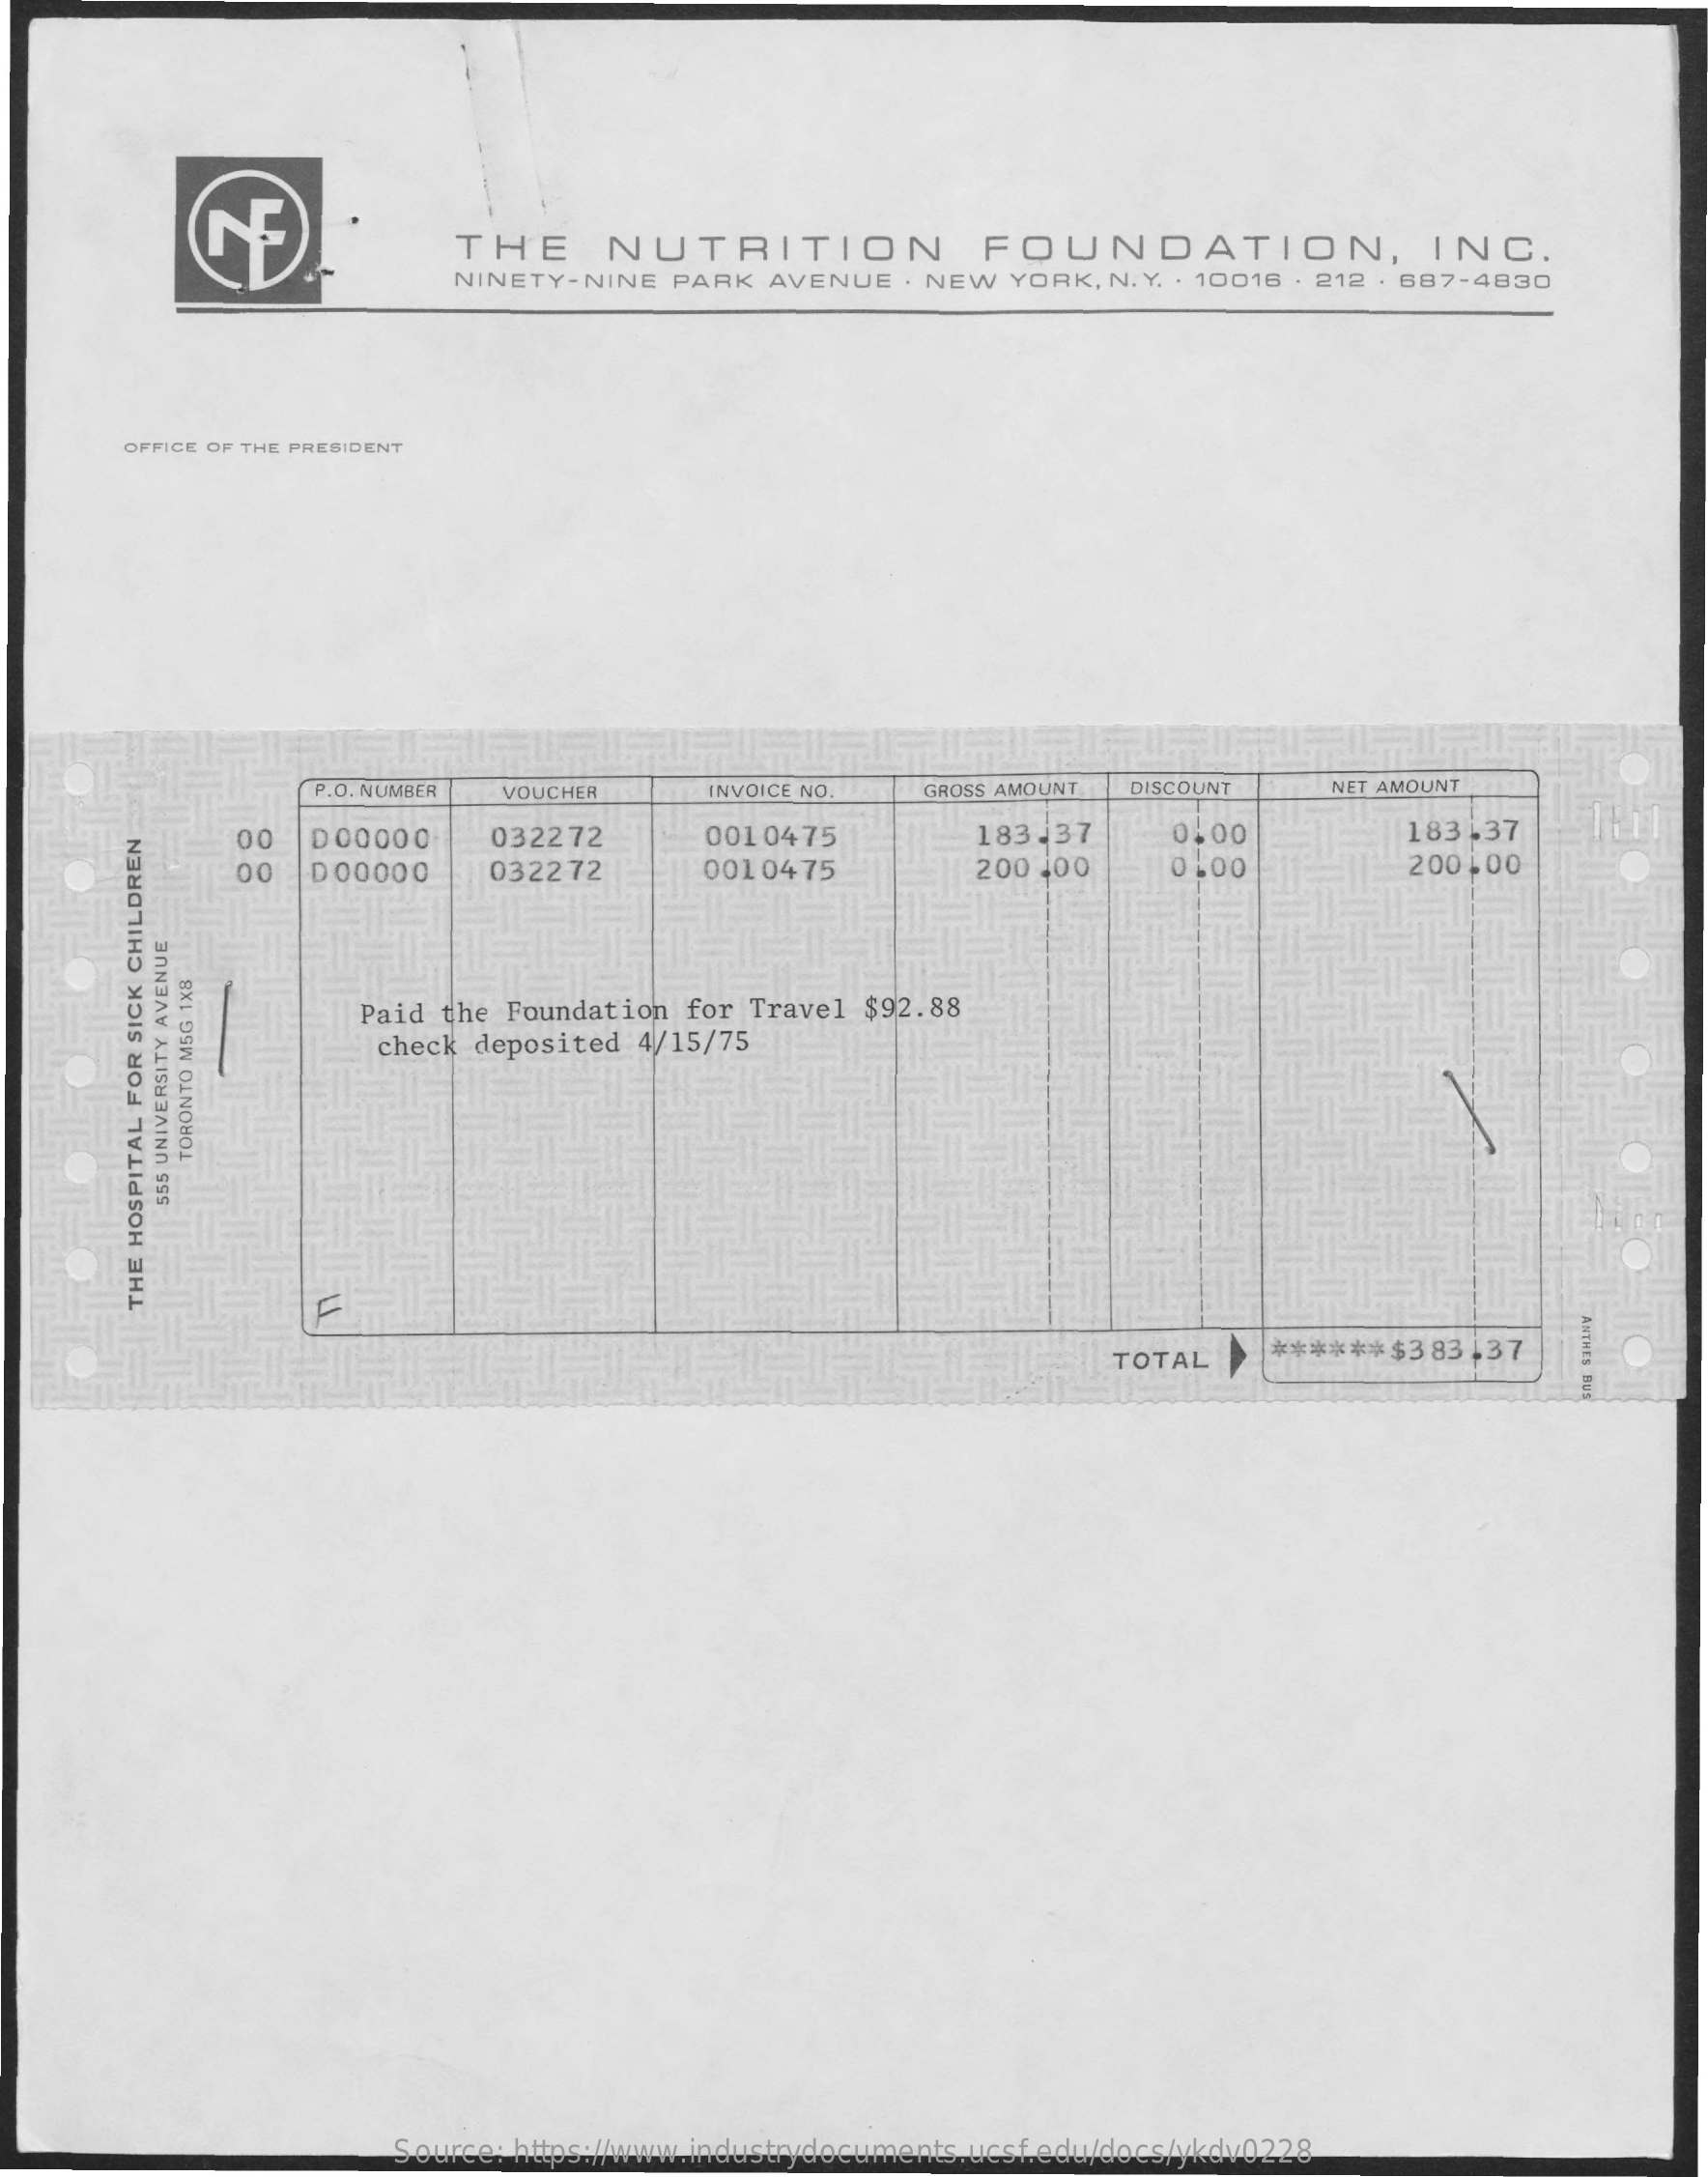
THE    NUTRITION    FOUNDATION,    INC.
     NINETY-NINE  PARK   AVENUE  . NEW  YORK, N. Y. . 10016 . 212 . 687-4830
     OFFICE OF THE PRESIDENT
     P.O. NUMBER  VOUCHER    INVOICE NO    GROSS AMOUNT DISCOUNT    NET AMOUNT
     00   D00000    032272    001 0475    183 -37    0,00    183.37
     00   D 00000    032272    001 0475    200 400    0.00    200,00
     Paid  the Foundation for Travel  $92.88
     check deposited 4/15/75
     TORONTO
     M5G
     1XB
     555
     UNIVERSITY
     AVENUE
     ANTHES
     BUS
     THE
     HOSPITAL
     FOR
     SICK
     CHILDREN
     TOTAL    ******  $383,37
     Source: https://www.industrydocuments.ucsf.edu/docs/ykdv0228